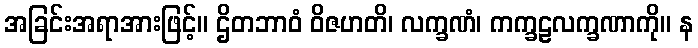
အခြင်းအရာအားဖြင့်။ ဌိတဘာဝံ ဝိဇဟတိ၊ လက္ခဏံ၊ ကက္ခဠလက္ခဏာကို။ န